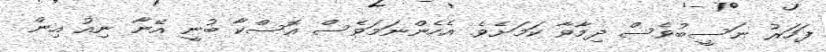
ފަހަރު ނަސީބުވެސް ދިމާވާ ކަމަށެވެ. އެހެންނަމަވެސް އޮސްކާ ބުނީ އޭނާ ނިއު އިން